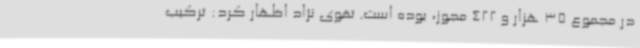
در مجموع 35 هزار و 422 مجوز، بوده است. تقوی نژاد اظهار کرد: ترکیب